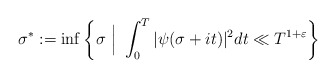
\begin{align*} \sigma^{\ast}:=\inf\left\{\sigma \ \Big| \ \int_0^T |\psi(\sigma+it)|^2dt \ll T^{1+\varepsilon} \right\}\end{align*}